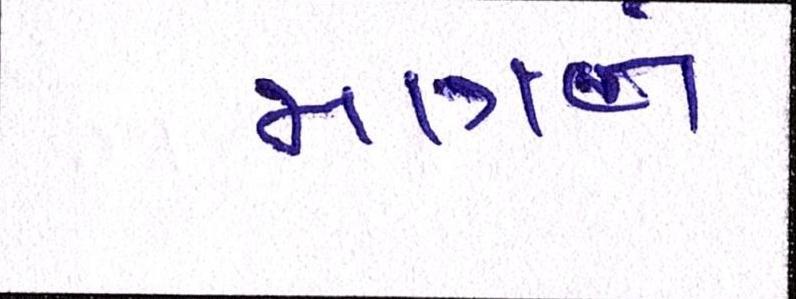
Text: માત્રને